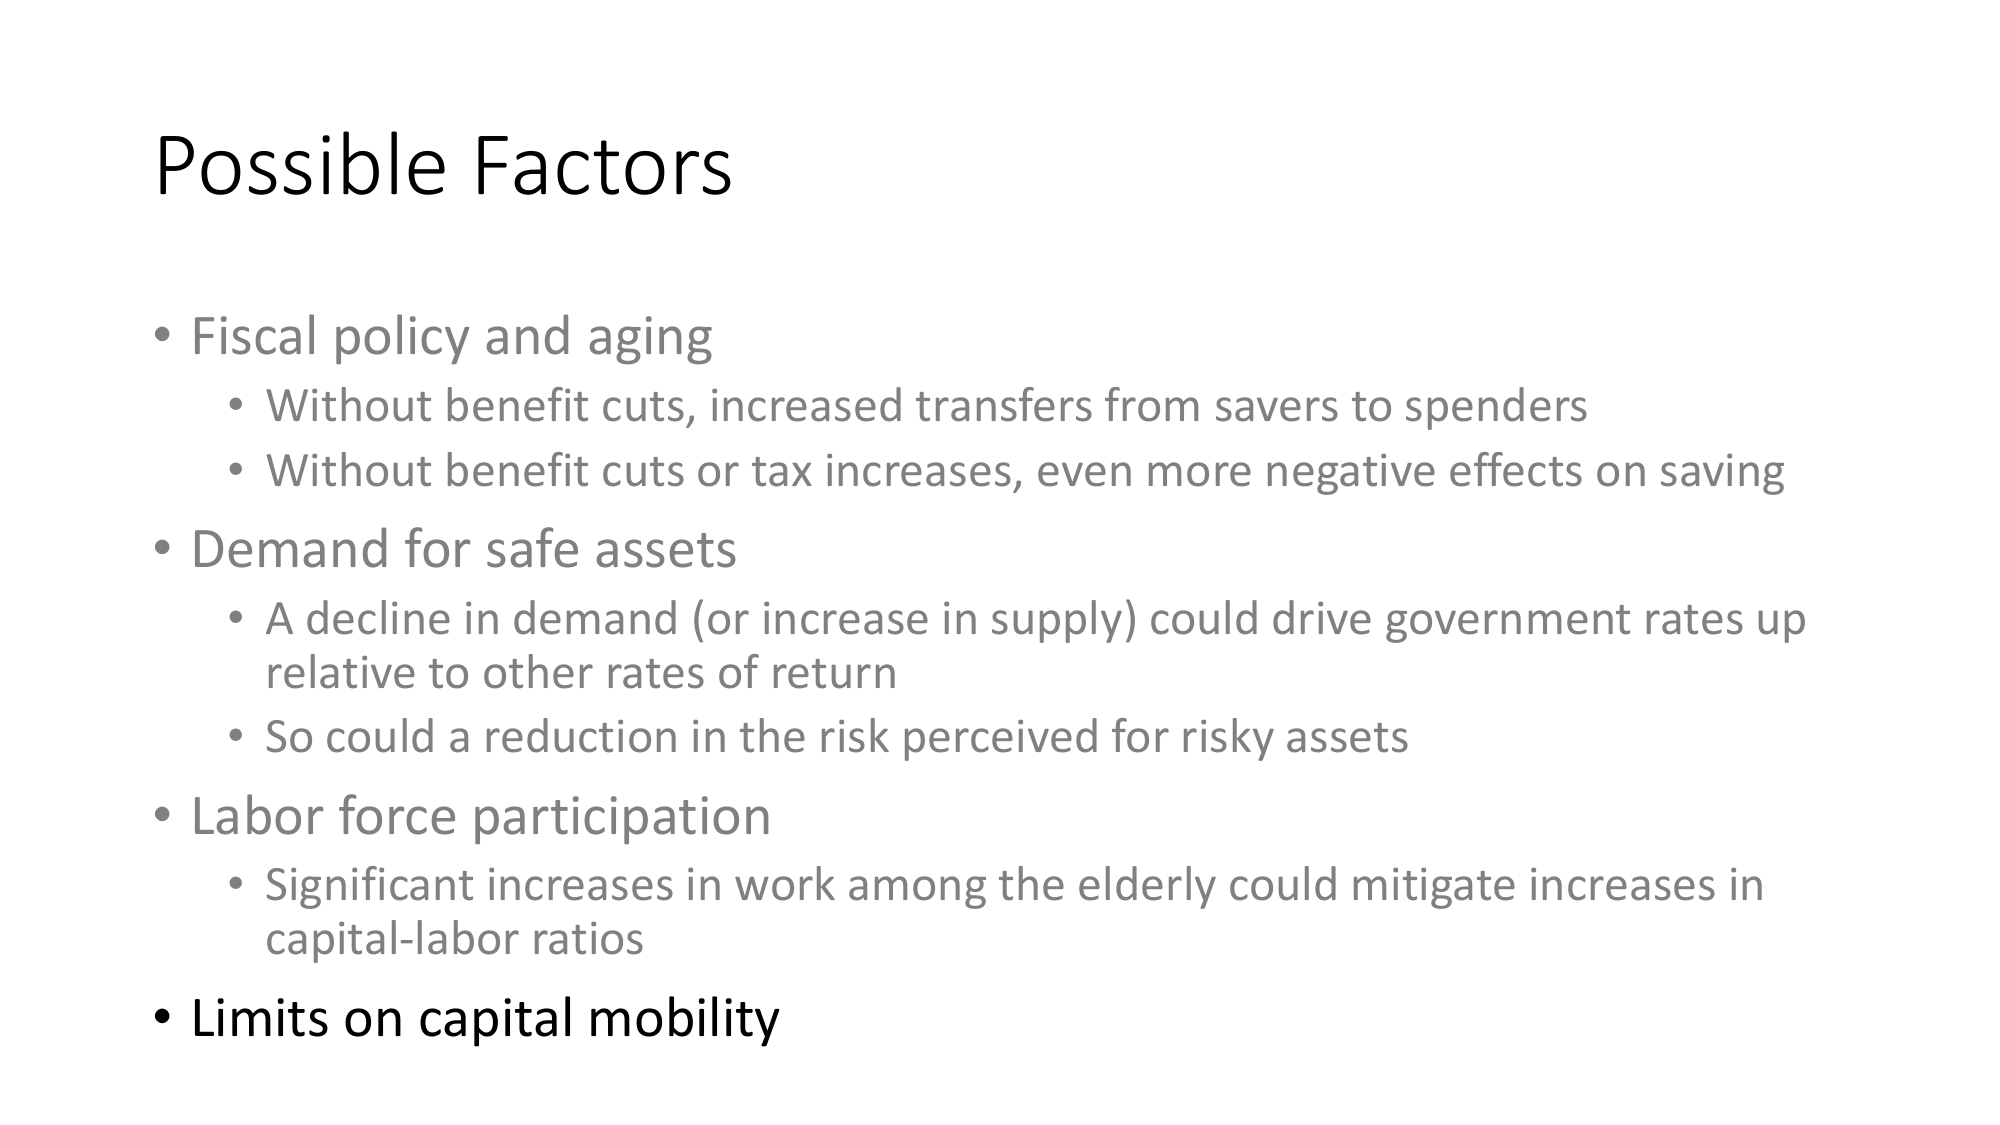
Possible Factors

• Fiscal policy and aging
   • Without benefit cuts, increased transfers from savers to spenders
   • Without benefit cuts or tax increases, even more negative effects on saving

• Demand for safe assets
   • A decline in demand (or increase in supply) could drive government rates up relative to other rates of return
   • So could a reduction in the risk perceived for risky assets

• Labor force participation
   • Significant increases in work among the elderly could mitigate increases in capital-labor ratios

• Limits on capital mobility